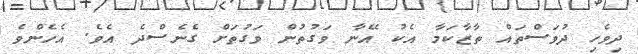
ދިވެހި ދުވަސްތައް ތާޒާކަމާ އެކު އޭނާ ވަގުތުން ވަގުތަށް ގެނެސްދެ އެވެ. އެހެންވެ